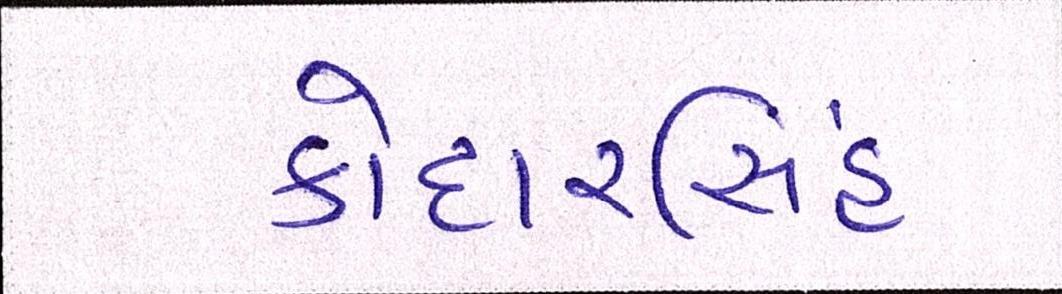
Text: કોદારસિંહ